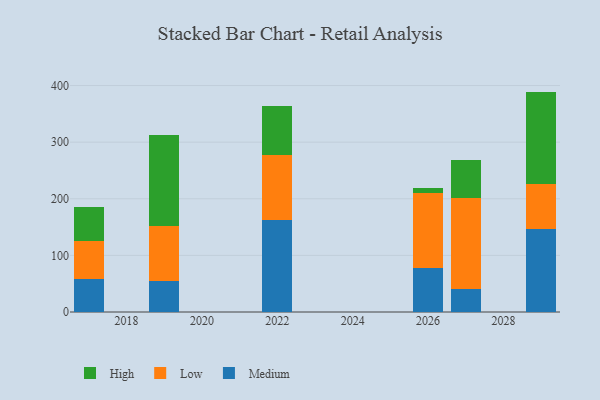
{"axis": {"x": "Year", "y": "Churn Rate (%)"}, "legend": ["High", "Low", "Medium"], "data": [{"x": "2026", "y": 78.2, "type": "Medium"}, {"x": "2026", "y": 131.7, "type": "Low"}, {"x": "2026", "y": 9.8, "type": "High"}, {"x": "2017", "y": 58.2, "type": "Medium"}, {"x": "2017", "y": 67.9, "type": "Low"}, {"x": "2017", "y": 58.6, "type": "High"}, {"x": "2022", "y": 161.8, "type": "Medium"}, {"x": "2022", "y": 116.4, "type": "Low"}, {"x": "2022", "y": 86.0, "type": "High"}, {"x": "2019", "y": 54.5, "type": "Medium"}, {"x": "2019", "y": 97.5, "type": "Low"}, {"x": "2019", "y": 160.8, "type": "High"}, {"x": "2027", "y": 41.2, "type": "Medium"}, {"x": "2027", "y": 160.8, "type": "Low"}, {"x": "2027", "y": 66.5, "type": "High"}, {"x": "2029", "y": 146.8, "type": "Medium"}, {"x": "2029", "y": 79.3, "type": "Low"}, {"x": "2029", "y": 163.2, "type": "High"}]}